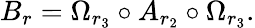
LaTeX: B_{r}=\Omega_{r_{3}}\circ A_{r_{2}}\circ\Omega_{r_{3}}.